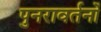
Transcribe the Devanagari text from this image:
पुनरावर्तनों